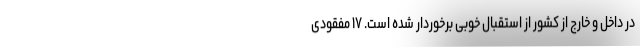
در داخل و خارج از کشور از استقبال خوبی برخوردار شده است. ۱۷ مفقودی